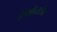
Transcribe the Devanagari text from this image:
लिश्चेन्स्टीन